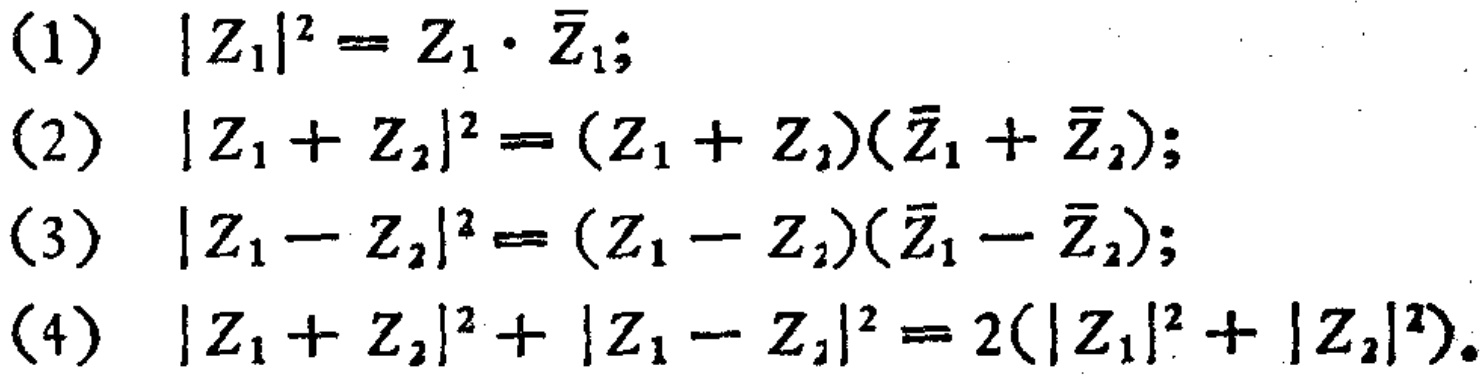
(1) \(|Z_{1}|^{2}=Z_{1}\cdot \overline{Z}_{1}\);
(2) \(|Z_{1}+Z_{2}|^{2}=(Z_{1}+Z_{2})(\overline{Z}_{1}+\overline{Z}_{2})\);
(3) \(|Z_{1}-Z_{2}|^{2}=(Z_{1}-Z_{2})(\overline{Z}_{1}-\overline{Z}_{2})\);
(4) \(|Z_{1}+Z_{2}|^{2}+|Z_{1}-Z_{2}|^{2}=2(|Z_{1}|^{2}+|Z_{2}|^{2})\).